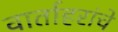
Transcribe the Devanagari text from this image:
वार्ताहरांचे